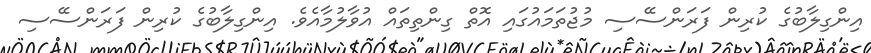
އިންގިލާބުގެ ކުރިން ފަރަންސޭސި މުޖުތަމައުގައި އޮތް ގިންތިތައް އުވާލުމާއެވެ. އިންގިލާބުގެ ކުރިން ފަރަންސޭސި